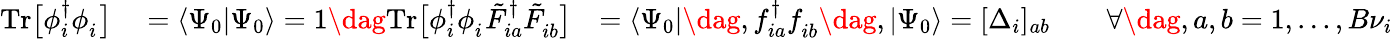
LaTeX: \begin{array}{rlr}{\mathrm{Tr}\big[\phi_{i}^{\dagger}\phi_{i}^{\phantom{\dagger}}\big]}&{{}=\langle\Psi_{0}|\Psi_{0}\rangle=1\dag\mathrm{Tr}\big[\phi_{i}^{\dagger}\phi_{i}^{\phantom{\dagger}}\tilde{F}_{ia}^{\dagger}\tilde{F}_{ib}^{\phantom{\dagger}}\big]}&{=\langle\Psi_{0}|\dag,f_{ia}^{\dagger}f_{ib}^{\phantom{\dagger}}\dag,|\Psi_{0}\rangle=[\Delta_{i}]_{ab}\qquad\forall\dag,a,b=1,...,B{\nu}_{i}}\end{array}